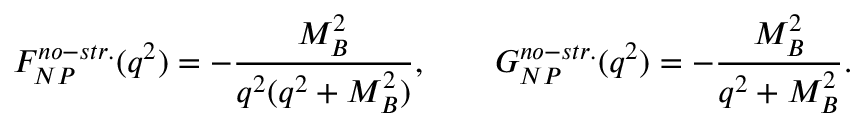
F _ { N P } ^ { n o - s t r . } ( q ^ { 2 } ) = - { \frac { M _ { B } ^ { 2 } } { q ^ { 2 } ( q ^ { 2 } + M _ { B } ^ { 2 } ) } } , \qquad G _ { N P } ^ { n o - s t r . } ( q ^ { 2 } ) = - { \frac { M _ { B } ^ { 2 } } { q ^ { 2 } + M _ { B } ^ { 2 } } } .